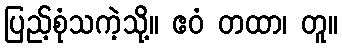
ပြည့်စုံသကဲ့သို့။ ဧဝံ တထာ၊ တူ။